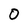
Character: 0